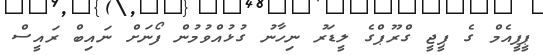
ޕީޕީއެމް ގެ ޕީޖީ ގްރޫޕްގެ ލީޑަރު ނިހާނު ގުޅުއްވުމުން ފޯނަށް ނައިބް ރައީސް